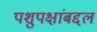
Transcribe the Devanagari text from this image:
पशुपक्षांबद्दल